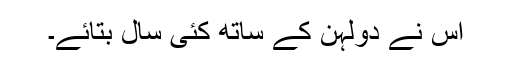
اس نے دولہن کے ساتھ کئی سال بتائے۔